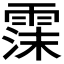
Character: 𬰃